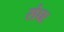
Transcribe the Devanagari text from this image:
संघः